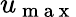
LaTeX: u_{\mathrm{~m~a~x~}}